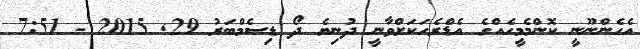
އެހެންނޫނީ ކޮންމެމީހެއްގެ އެޑްރެހަކަށްވާނީ ދުނިޔެ ދޯ ޑިސެމްބަރު 29